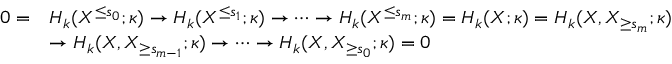
\begin{array} { r l } { 0 = } & { H _ { k } ( X ^ { \leq s _ { 0 } } ; \kappa ) \to H _ { k } ( X ^ { \leq s _ { 1 } } ; \kappa ) \to \cdots \to H _ { k } ( X ^ { \leq s _ { m } } ; \kappa ) = H _ { k } ( X ; \kappa ) = H _ { k } ( X , X _ { \geq s _ { m } } ; \kappa ) } \\ & { \to H _ { k } ( X , X _ { \geq s _ { m - 1 } } ; \kappa ) \to \cdots \to H _ { k } ( X , X _ { \geq s _ { 0 } } ; \kappa ) = 0 } \end{array}